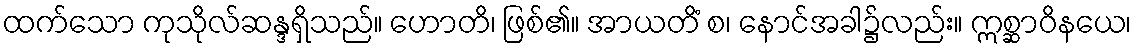
ထက်သော ကုသိုလ်ဆန္ဒရှိသည်။ ဟောတိ၊ ဖြစ်၏။ အာယတိံ စ၊ နောင်အခါ၌လည်း။ ဣစ္ဆာဝိနယေ၊